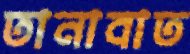
তানাবাত